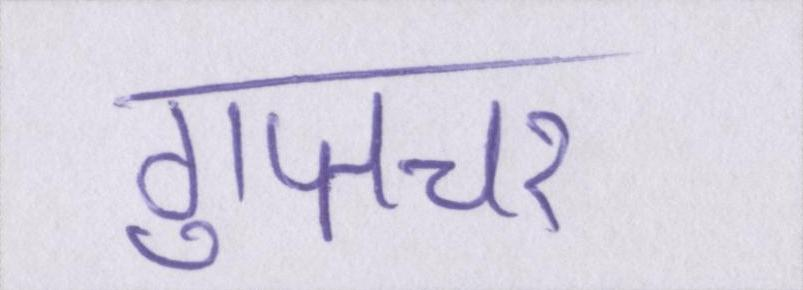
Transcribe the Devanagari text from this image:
गुप्तचर